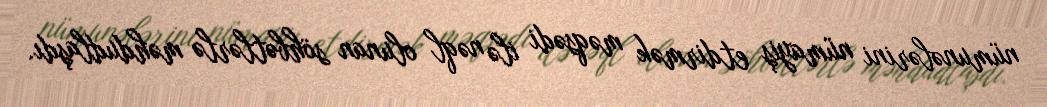
nümunələrini nümayiş etdirmək məqsədi ilə nəql olunan söhbətlərlə məhdudlaşdı.